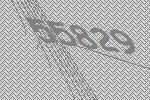
55829